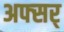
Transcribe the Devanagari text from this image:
अफ्सर्